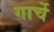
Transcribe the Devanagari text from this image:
गार्चे